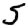
Digit: 5